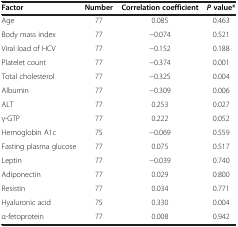
| Factor | Number | Correlation coefficient | P value* |
 | --- | --- | --- | --- |
 | Age | 77 | 0.085 | 0.463 |
 | Body mass index | 77 | -0.074 | 0.521 |
 | Viral load of HCV | 77 | -0.152 | 0.188 |
 | Platelet count | 77 | -0.374 | 0.001 |
 | Total cholesterol | 77 | -0.325 | 0.004 |
 | Albumin | 77 | -0.309 | 0.006 |
 | ALT | 77 | 0.253 | 0.027 |
 | γ-GTP | 77 | 0.222 | 0.052 |
 | Hemoglobin A1c | 75 | -0.069 | 0.559 |
 | Fasting plasma glucose | 77 | 0.075 | 0.517 |
 | Leptin | 77 | -0.039 | 0.740 |
 | Adiponectin | 77 | 0.029 | 0.800 |
 | Resistin | 77 | 0.034 | 0.771 |
 | Hyaluronic acid | 75 | 0.330 | 0.004 |
 | α-fetoprotein | 77 | 0.008 | 0.942 |